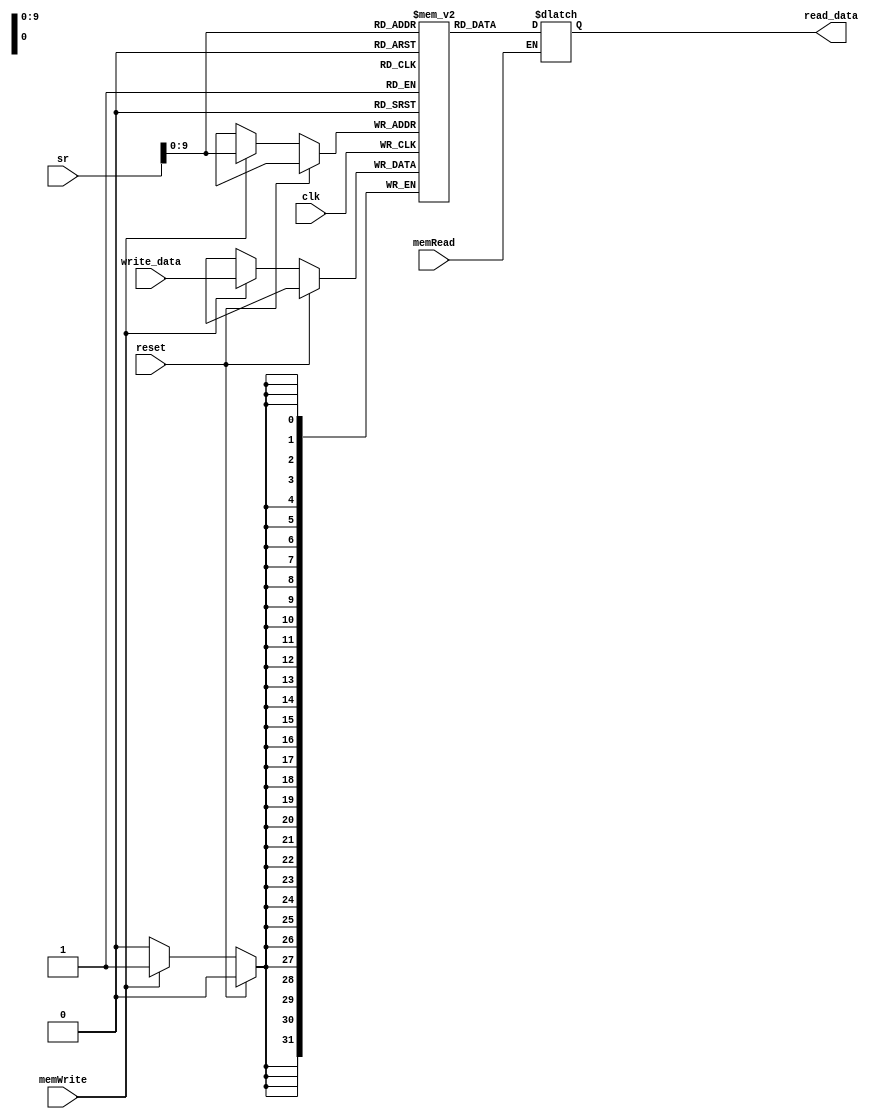
module data_mem_mod(
    input wire clk,
    input wire memWrite, memRead, reset,      // added reset to reset the entire mem bank
    input [31:0] sr,                          // source register
    input [31:0] write_data,                  // data to write to register in memory bank
    output reg [31:0] read_data
);
    reg [31:0] data_regs [1023:0];            // 1024 registers that act as memory of width 32 bits                                            

    initial begin
        $dumpvars(0, data_regs[0], data_regs[1], data_regs[2], data_regs[3], data_regs[4], data_regs[5], data_regs[1020], data_regs[1021], data_regs[1022], data_regs[1023],data_regs[10], data_regs[11], data_regs[12], data_regs[13], data_regs[14], data_regs[15], data_regs[16], data_regs[17], data_regs[18], data_regs[19]);
    end
    initial begin
        //$readmemb("regs_init_file_data.data",data_regs); // The external file that is used to initialize the RAM needs to be in bit vector form. External files in integer or hex format will not work.
        data_regs[0]=32'b00;
        data_regs[1]=32'b010010;
        data_regs[2]=32'b010100;
        data_regs[3]=32'b111;
        data_regs[10]=32'b110;
        data_regs[11]=32'b010;
        data_regs[12]=32'b001;
        data_regs[13]=32'b011;
        data_regs[14]=32'b000;
        data_regs[15]=32'b101;
        data_regs[16]=32'b110;
        data_regs[17]=32'b111;
        data_regs[18]=32'b100;
        data_regs[19]=32'b101;
        data_regs[1022]=32'b101;
    end                                       // The $readmemb and $readmemh system tasks can be used to initialize block memories. For more information, see:
                                              // Initializing RAM From an External File Coding Examples
                                              // Use $readmemb for binary and $readmemh for hexadecimal representation. To avoid the possible difference between XST and simulator behavior, Xilinx recommends that you use index parameters in these system tasks. See the following coding example.
                                              // $readmemb("rams_20c.data",ram, 0, 7);
    always @(*) begin
    if (memRead) begin                        // read ports are always updated based on the address of the source registers    
        read_data = data_regs[sr[9:0]];       // read_data1 is updated based on the address of the source register
    end
    end
    // some default values set for the registers
    
    always @(posedge clk)                     // write always happens on posedge of the clock
    begin
        if (reset) begin 
            // setting everything to zero need to update
        end
        else begin                            
            if (memWrite)                     // write to register only when writeReg is high    
                data_regs[sr[9:0]] = write_data;
        end
    end
endmodule

module instr_mem_mod(
    input wire clk,
    input wire memWriteIM, memReadIM, reset,        // added reset to reset the entire mem bank
    input [31:0] sr,                                // source register
    input [31:0] write_data,                        // data to write to register in memory bank
    output reg [31:0] read_data
);
    reg [31:0] inst_regs [1023:0];                  // 1024 registers that act as memory of width 32 bits                                            

    initial begin

// for sorting
// inst_regs[0]= 32'b00000100000000010000000000001010;
// inst_regs[1]= 32'b00000100001000010000000000001001;
// inst_regs[2]= 32'b00000100000000100000000000000000;
// inst_regs[3]= 32'b00000100000000110000000000001010;
// inst_regs[4]= 32'b00101000011001000000000000000000;
// inst_regs[5]= 32'b00101000011001010000000000000001;
// inst_regs[6]= 32'b00000000100001010111100000000001;
// inst_regs[7]= 32'b00111101111000000000000000000011;
// inst_regs[8]= 32'b00000100000000100000000000000001;
// inst_regs[9]= 32'b00101100011001000000000000000001;
// inst_regs[10]= 32'b00101100011001010000000000000000;
// inst_regs[11]= 32'b00000100011000110000000000000001;
// inst_regs[12]= 32'b00000000011000010111000000000001;
// inst_regs[13]= 32'b01000101110000000000000000000001;
// inst_regs[14]= 32'b00111011111111111111111111110101;
// inst_regs[15]= 32'b01000100010000000000000000000001;
// inst_regs[16]= 32'b00111011111111111111111111110001;
// inst_regs[17]= 32'b01011100000000000000000000000000;

// for gcd
// inst_regs[0]= 32'b00101000000000010000000000000001;
// inst_regs[1]= 32'b00101000000000100000000000000010;
// inst_regs[2]= 32'b00000000001000100001100000000001;
// inst_regs[3]= 32'b01000000011000000000000000000011;
// inst_regs[4]= 32'b01011000001000000001100000000000;
// inst_regs[5]= 32'b01011000010000000000100000000000;
// inst_regs[6]= 32'b01011000011000000001000000000000;
// inst_regs[7]= 32'b01000100010000000000000000000010;
// inst_regs[8]= 32'b00000000001000100000100000000001;
// inst_regs[9]= 32'b00111011111111111111111111111000;
// inst_regs[10]= 32'b01011000001000000111100000000000;
// inst_regs[11]= 32'b01011100000000000000000000000000;

    end
    always @(*) begin
    if (memReadIM) begin                            // read ports are always updated based on the address of the source registers    
        read_data = inst_regs[sr[9:0]];             // read_data1 is updated based on the address of the source register
    end
    end
    // some default values set for the registers
    
    always @(posedge clk)                           // write always happens on posedge of the clock
    begin
        if (reset) begin 
        // setting everything to zero need to update
        end
        else begin                            
            if (memWriteIM)                         // write to register only when writeReg is high    
                inst_regs[sr[9:0]] = write_data;
        end
    end
endmodule